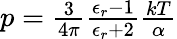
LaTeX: \begin{array}{r}{p=\frac{3}{4\pi}\frac{\epsilon_{r}-1}{\epsilon_{r}+2}\frac{kT}{\alpha}}\end{array}